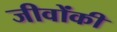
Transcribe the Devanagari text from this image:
जीवोंकी